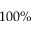
1 0 0 \%